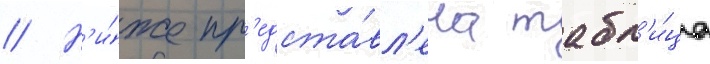
// Н'и́же пр'едста́вл'ена табл'и́ца